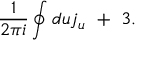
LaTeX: \frac { 1 } { 2 \pi i } \oint d u j _ { u } \ + \ 3 .